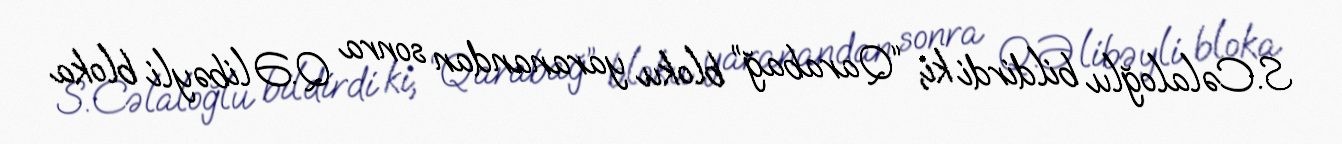
S.Cəlaloğlu bildirdi ki, “Qarabağ” bloku yaranandan sonra Q.Əlibəyli bloka